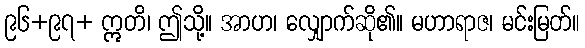
၉၆+၉၇+ ဣတိ၊ ဤသို့။ အာဟ၊ လျှောက်ဆို၏။ မဟာရာဇ၊ မင်းမြတ်။